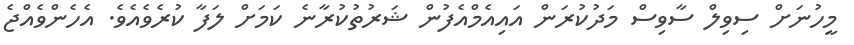
މީހުނަށް ސިވިލް ސާވިސް މަދުކުރަން އައިއެމްއެފުން ޝަރުތުކުރާނެ ކަމަށް ލަފާ ކުރެވެއެވެ. އެހެންވެއްޖެ